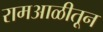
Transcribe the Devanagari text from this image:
रामआळीतून